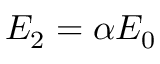
E _ { \mathrm { 2 } } = \alpha E _ { \mathrm { 0 } }